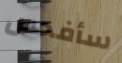
سأفحص